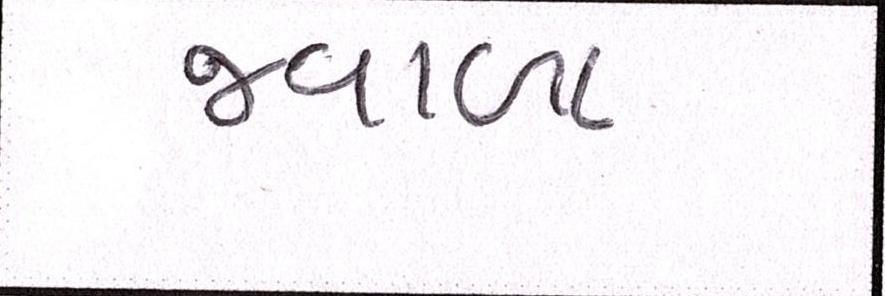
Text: જ્વાળા